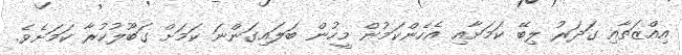
އިއްޒަތާއި ގަދަރު ލިބޭ ކަމަށާއި އެހެންކަމުން މީހުން ބަލައިގަންނަ ކަމަށް ގަބޫލުކުރާ ކަމަށެވެ.